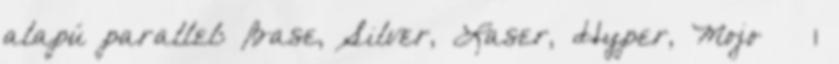
alapú parallel: Base, Silver, Laser, Hyper, Mojo – 1